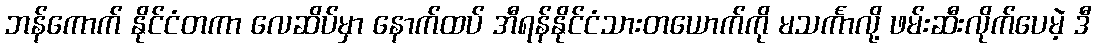
ဘန်ကောက် နိုင်ငံတကာ လေဆိပ်မှာ နောက်ထပ် အီရန်နိုင်ငံသားတယောက်ကို မသင်္ကာလို့ ဖမ်းဆီးလိုက်ပေမဲ့ ဒီ